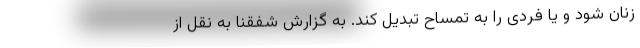
زنان شود و یا فردی را به تمساح تبدیل کند. به گزارش شفقنا به نقل از